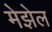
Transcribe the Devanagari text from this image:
मेझेल